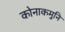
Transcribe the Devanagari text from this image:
कोनाकमुनि